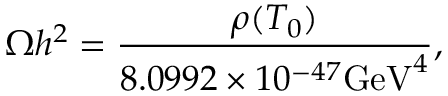
\Omega h ^ { 2 } = \frac { \rho ( T _ { 0 } ) } { 8 . 0 9 9 2 \times 1 0 ^ { - 4 7 } \mathrm { G e V } ^ { 4 } } ,